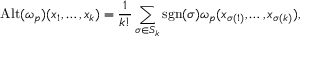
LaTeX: \operatorname { A l t } ( \omega _ { p } ) ( x _ { 1 } , \dots , x _ { k } ) = { \frac { 1 } { k ! } } \sum _ { \sigma \in S _ { k } } \operatorname { s g n } ( \sigma ) \omega _ { p } ( x _ { \sigma ( 1 ) } , \dots , x _ { \sigma ( k ) } ) ,